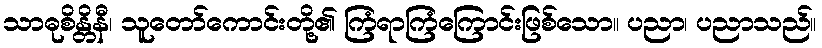
သာဓုစိန္တိနီ၊ သူတော်ကောင်းတို့၏ ကြံရာကြံကြောင်းဖြစ်သော။ ပညာ၊ ပညာသည်။